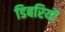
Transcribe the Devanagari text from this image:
डिबरियों